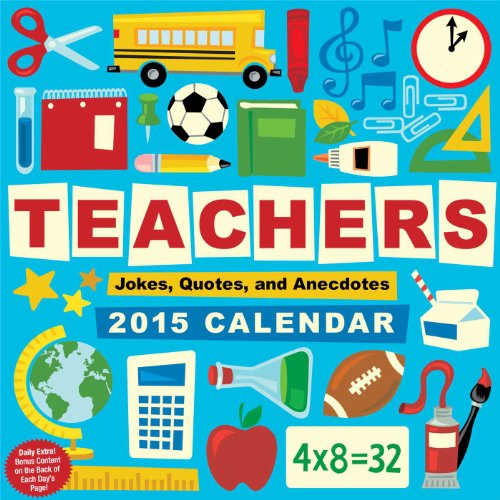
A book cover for Teachers 2015 Day-to-Day Calendar: Jokes, Quotes, and Anecdotes; Andrews McMeel Publishing LLC; Calendars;